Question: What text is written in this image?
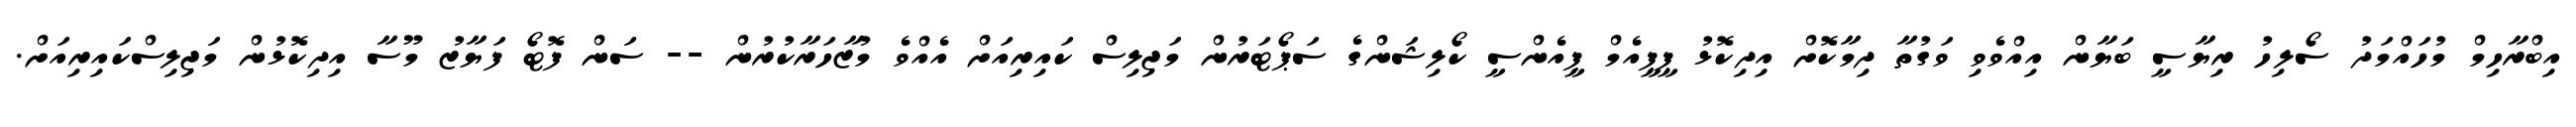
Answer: އިބްރާހިމް މުހައްމަދު ސޯލިހު ރިޔާސީ ބަޔާން އިއްވެވި ވަގުތާ ދިމާކޮށް އިދިކޮޅު ޕީޕީއެމް ޕީއެންސީ ކޯލިޝަންގެ ސަޕޯޓަރުން މަޖިލިސް ކައިރިއަށް އެއްވެ މުޒާހަރާކުރުން -- ސަން ފޮޓޯ ފަޔާޒު މޫސާ އިދިކޮޅުން މަޖިލިސްކައިރިއަށް.